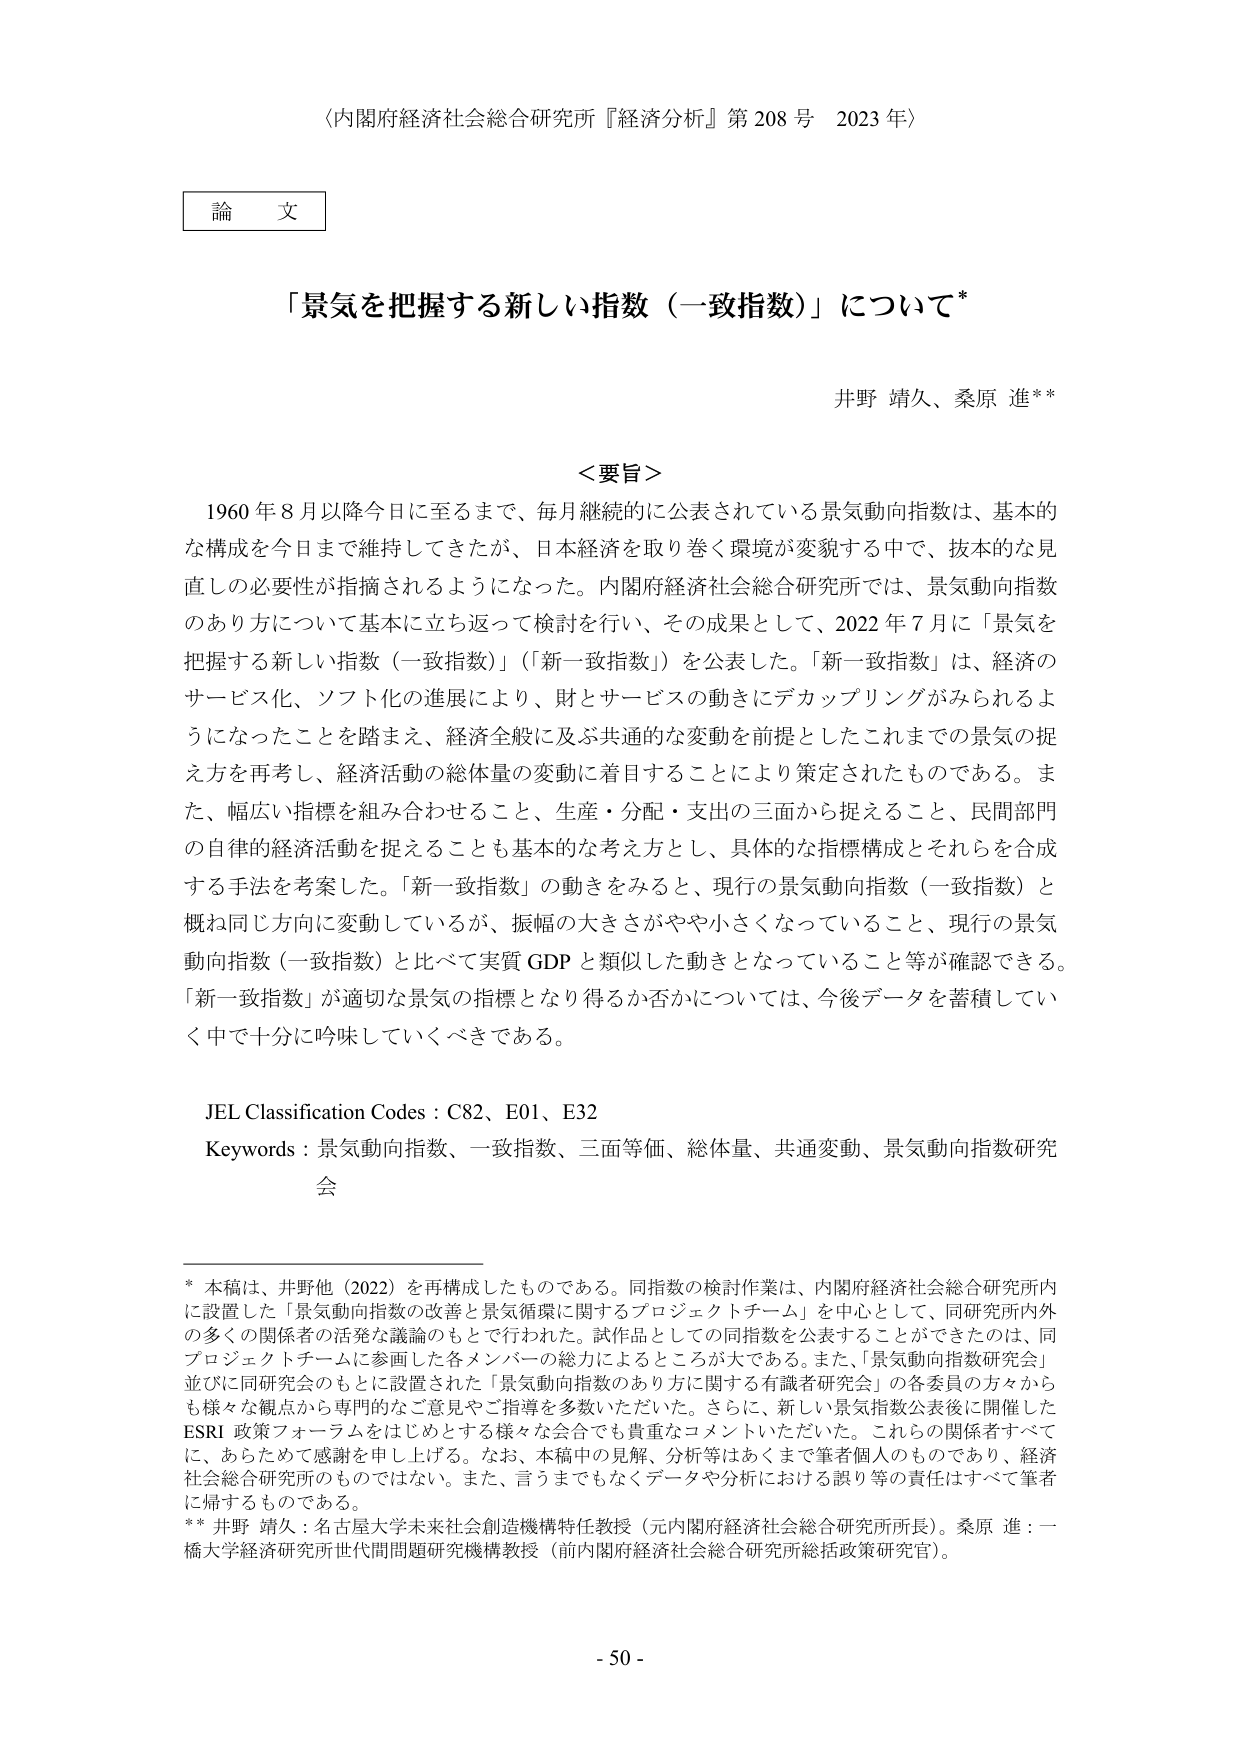
〈内閣府経済社会総合研究所『経済分析』第208号 2023年〉

論文

「景気を把握する新しい指数（一致指数）」について*

井野 靖久、桑原 進**

＜要旨＞
1960年8月以降今日に至るまで、毎月継続的に公表されている景気動向指数は、基本的な構成を今日まで維持してきたが、日本経済を取り巻く環境が変貌する中で、抜本的な見直しの必要性が指摘されるようになった。内閣府経済社会総合研究所では、景気動向指数のあり方について基本に立ち返って検討を行い、その成果として、2022年7月に「景気を把握する新しい指数（一致指数）」（「新一致指数」）を公表した。「新一致指数」は、経済のサービス化、ソフト化の進展により、財とサービスの動きにデカップリングがみられるようになったことを踏まえ、経済全般に及ぶ共通的な変動を前提としたこれまでの景気の捉え方を再考し、経済活動の総体量の変動に着目することにより策定されたものである。また、幅広い指標を組み合わせること、生産・分配・支出の三面から捉えること、民間部門の自律的経済活動を捉えることも基本的な考え方とし、具体的な指標構成とそれらを合成する手法を考案した。「新一致指数」の動きをみると、現行の景気動向指数（一致指数）と概ね同じ方向に変動しているが、振幅の大きさがやや小さくなっていること、現行の景気動向指数（一致指数）と比べて実質GDPと類似した動きとなっていること等が確認できる。「新一致指数」が適切な景気の指標となり得るか否かについては、今後データを蓄積していく中で十分に吟味していくべきである。

JEL Classification Codes : C82、E01、E32
Keywords : 景気動向指数、一致指数、三面等価、総体量、共通変動、景気動向指数研究会

* 本稿は、井野他（2022）を再構成したものである。同指数の検討作業は、内閣府経済社会総合研究所内に設置した「景気動向指数の改善と景気循環に関するプロジェクトチーム」を中心として、同研究所内外の多くの関係者の活発な議論のもとで行われた。試作品としての同指数を公表することができたのは、同プロジェクトチームに参画した各メンバーの総力によるところが大である。また、「景気動向指数研究会」並びに同研究会のもとに設置された「景気動向指数のあり方に関する有識者研究会」の各委員の方々からも様々な観点から専門的なご意見やご指導を多数いただいた。さらに、新しい景気指数公表後に開催したESRI政策フォーラムをはじめとする様々な会合でも貴重なコメントいただいた。これらの関係者すべてに、あらためて感謝を申し上げる。なお、本稿中の見解、分析等はあくまで筆者個人のものであり、経済社会総合研究所のものではない。また、言うまでもなくデータや分析における誤り等の責任はすべて筆者に帰するものである。
** 井野 靖久：名古屋大学未来社会創造機構特任教授（元内閣府経済社会総合研究所所長）。桑原 進：一橋大学経済研究所世代間問題研究機構教授（前内閣府経済社会総合研究所総括政策研究官）。

- 50 -